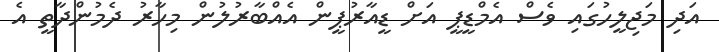
އަދި މަޖިލީހުގައި ވެސް އެމްޑީޕީ އަށް ޑީއާރުޕީން އެއްބާރުލުން މިހާރު ދެމުންދާތީ އެ